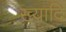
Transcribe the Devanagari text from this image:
ख्यादि